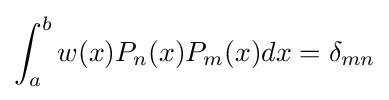
\int _{a}^{b}w(x)P_{n}(x)P_{m}(x)dx=\delta _{mn}